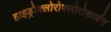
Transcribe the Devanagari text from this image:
हाइड्रोक्लोरोफ्लोरोकार्बन